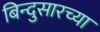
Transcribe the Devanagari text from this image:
बिन्दुसारच्या